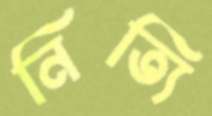
নিত্যি